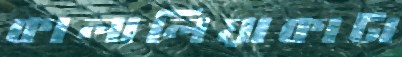
কালালিয়াকাটা